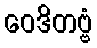
ဝေဒိတဗ္ဗံ